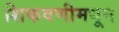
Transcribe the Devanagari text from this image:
शिकवणीमधून